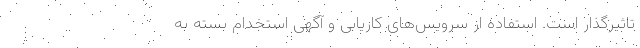
تاثیرگذار است. استفاده از سرویس‌های کاریابی و آگهی استخدام بسته به